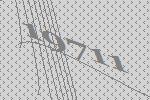
19711